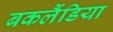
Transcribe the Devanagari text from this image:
बकलैंडिया